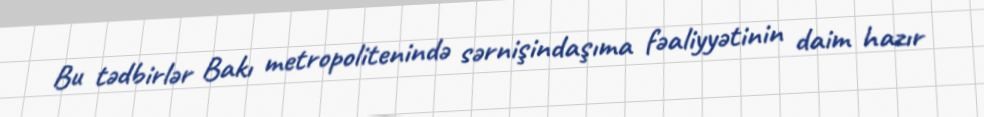
Bu tədbirlər Bakı metropolitenində sərnişindaşıma fəaliyyətinin daim hazır